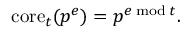
\mathrm { c o r e } _ { t } ( p ^ { e } ) = p ^ { e { \bmod { t } } } .